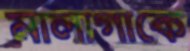
মালাগাকে